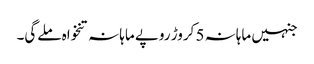
جنہیں ماہانہ 5 کروڑ روپے ماہانہ تنخواہ ملےگی۔